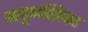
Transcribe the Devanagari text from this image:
मधुभक्षिका